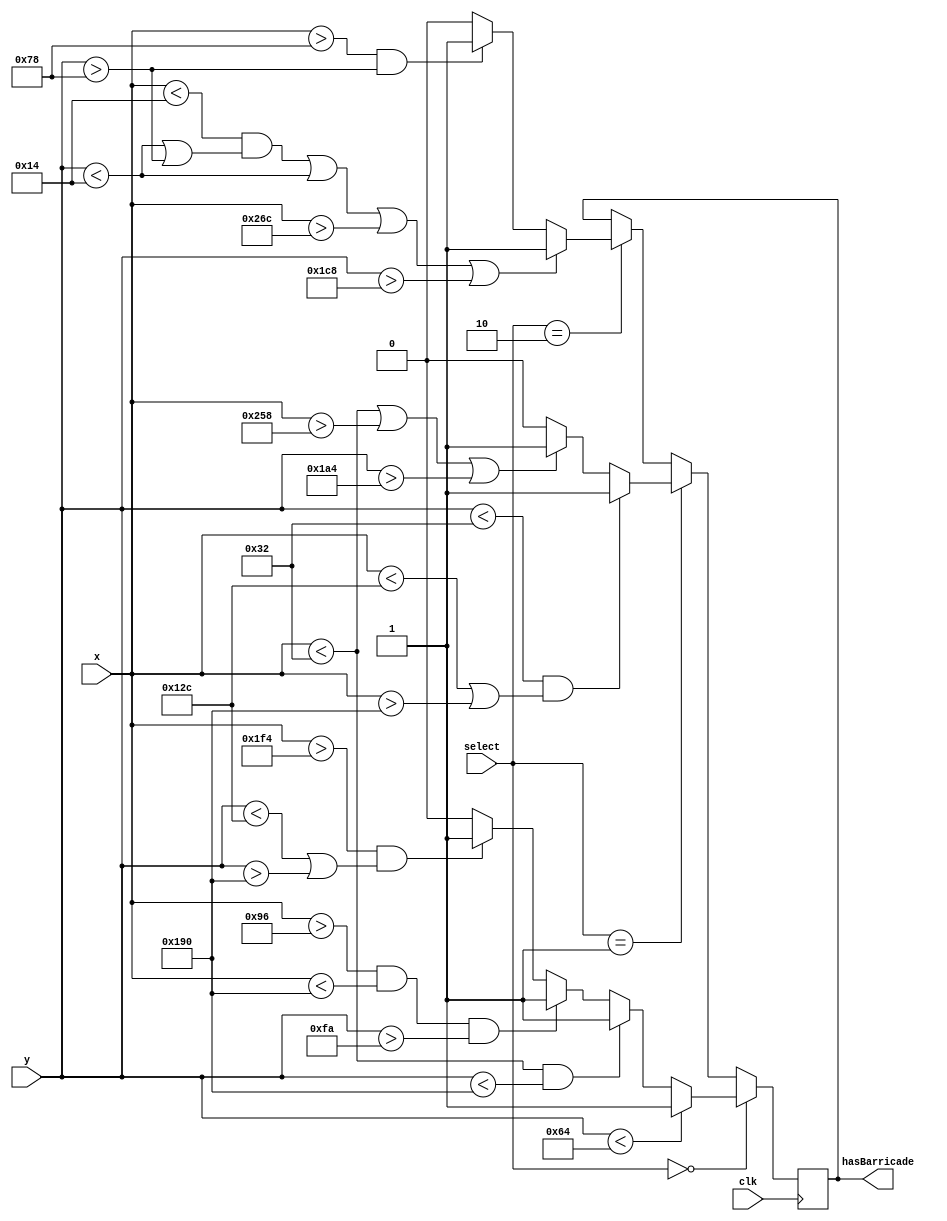
`timescale 1ns / 1ps
module barricadeRenderer(
    output hasBarricade,
    input [1:0] select,
    input [31:0] x,
    input [31:0] y,
    input clk
    );
    
    reg barricade;
    
    always @(posedge clk)
    begin
    if (select == 0)
    begin
        if (y < 100) //start map 1 x= 4 y= 476
            barricade = 1;
        else if (x < 50 && y < 400)
            barricade = 1;
        else if (x > 150 && x < 400 && y > 250)
            barricade = 1;
        else if (x > 500 && (y < 300 || y > 400))
            barricade = 1;
        else
            barricade = 0;
    end else if (select == 1)
    begin
        if (y < 50 && (x < 300 || x > 400)) //start map 2 x= 350 y= 4
            barricade = 1;
        else if (x < 50 || x > 600 || y > 420)
            barricade = 1;
        else
            barricade = 0;
    end else if (select == 2)
    begin
        if ((x < 20 && (y < 20 || y > 120)) || y < 20 || x > 620 || y > 456) //start map 3 x= 12 y= 60
            barricade = 1;
        else if (x > 120 && y > 120)
            barricade = 1;
        else
            barricade = 0;
    end
    end
    
    assign hasBarricade = barricade;
    
endmodule